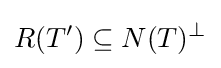
R(T')\subseteq N(T)^{\perp }